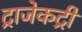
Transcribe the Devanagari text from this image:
ट्राजेकट्री